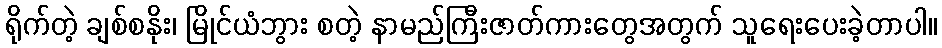
ရိုက်တဲ့ ချစ်စနိုး၊ မြိုင်ယံဘွား စတဲ့ နာမည်ကြီးဇာတ်ကားတွေအတွက် သူရေးပေးခဲ့တာပါ။